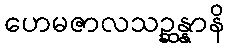
ဟေမဇာလသဉ္ဆန္နာနိ